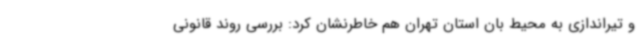
و تیراندازی به محیط بان استان تهران هم خاطرنشان کرد: بررسی روند قانونی